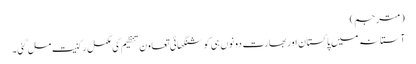
(مترجم)
آستانہ میں پاکستان اور بھارت دونوں ہی کو شنگھائی تعاون تنظیم کی مکمل رکنیت مل گئی۔